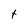
Character: t